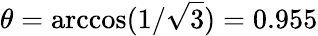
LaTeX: \theta=\operatorname{arccos}(1/\sqrt{3})=0.955